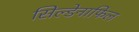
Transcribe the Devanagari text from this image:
सिल्डेनाफिल